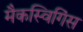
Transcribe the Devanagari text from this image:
मैकस्विगिंस